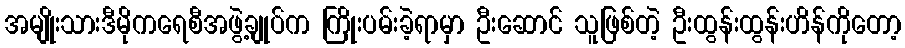
အမျိုးသားဒီမိုကရေစီအဖွဲ့ချုပ်က ကြိုးပမ်းခဲ့ရာမှာ ဦးဆောင် သူဖြစ်တဲ့ ဦးထွန်းထွန်းဟိန်ကိုတော့